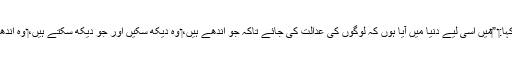
‏ یسوع نے کہا:‏ ”‏مَیں اِسی لیے دُنیا میں آیا ہوں کہ لوگوں کی عدالت کی جائے تاکہ جو اندھے ہیں،‏ وہ دیکھ سکیں اور جو دیکھ سکتے ہیں،‏ وہ اندھے ہو جائیں۔